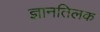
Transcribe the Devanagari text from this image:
ज्ञानतिलक